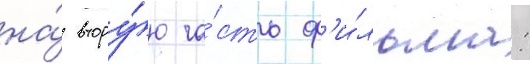
на́ втору́ю ча́сть ф'и́льма: